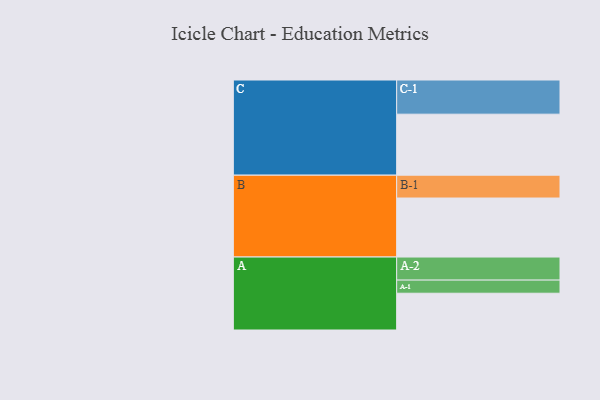
{"axis": {"x": "Segment", "y": "Value"}, "legend": ["", "A", "B", "C"], "data": [{"x": "A", "y": 311, "type": ""}, {"x": "B", "y": 499, "type": ""}, {"x": "C", "y": 516, "type": ""}, {"x": "A-1", "y": 111, "type": "A"}, {"x": "A-2", "y": 195, "type": "A"}, {"x": "B-1", "y": 193, "type": "B"}, {"x": "C-1", "y": 289, "type": "C"}]}